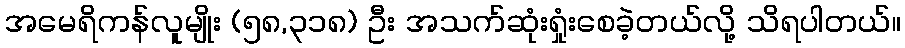
အမေရိကန်လူမျိုး (၅၈,၃၁၈) ဦး အသက်ဆုံးရှုံးစေခဲ့တယ်လို့ သိရပါတယ်။